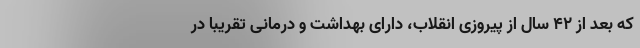
که بعد از ۴۲ سال از پیروزی انقلاب، دارای بهداشت و درمانی تقریباً در